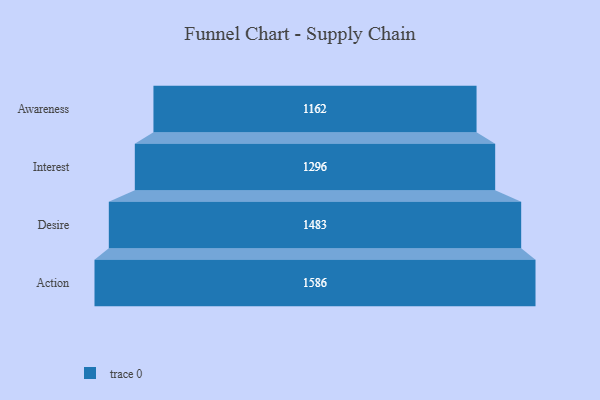
{"axis": {"x": "Stage", "y": "Value"}, "legend": [""], "data": [{"x": "Awareness", "y": 1162.0, "type": ""}, {"x": "Interest", "y": 1296.0, "type": ""}, {"x": "Desire", "y": 1483.0, "type": ""}, {"x": "Action", "y": 1586.0, "type": ""}]}